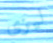
ليزى